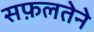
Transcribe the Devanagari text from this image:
सफ़लतेने